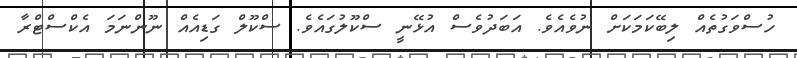
ހުސްވަގުތެއް ލިބޭކަމަކަށް ނުވެއެވެ. އަބަދުވެސް އުޅޭނީ ސްކޫލުގައެވެ. ސްކޫލް ގަޑިއެއް ނޫންނަމަ އެކްސްޓްރާ